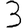
Digit: 3